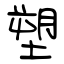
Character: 塑